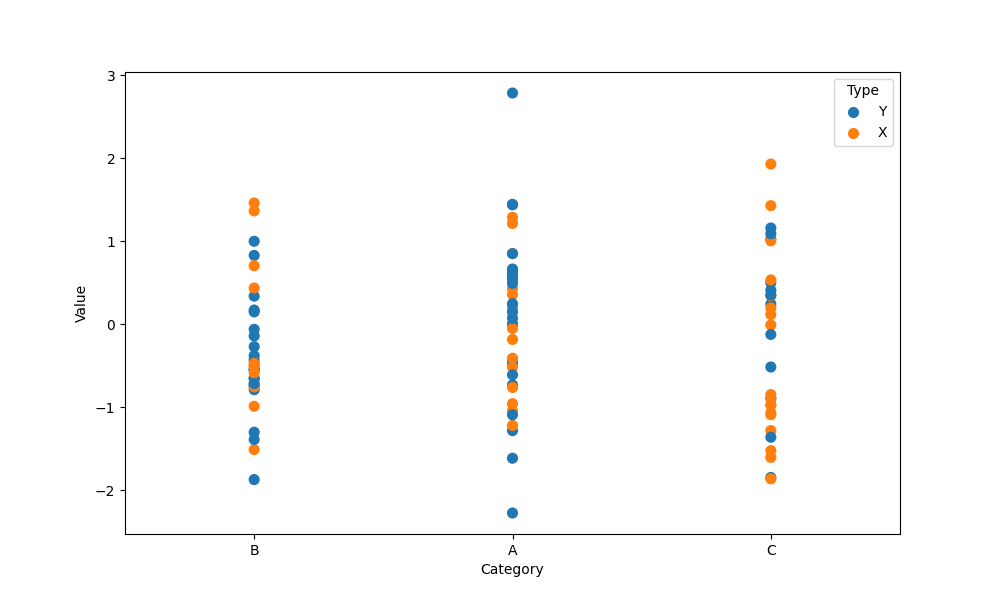
python, seaborn, stripplot, jitter=False, dodge=False, alpha=1.0, size=8